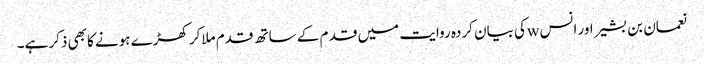
نعمان بن بشیر اور انس wکی بیان کردہ روایت میں قد م کے ساتھ قدم ملاکر کھڑے ہونے کابھی ذکر ہے۔